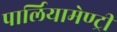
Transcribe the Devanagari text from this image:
पार्लियामेण्ट्री